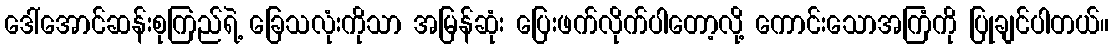
ဒေါ်အောင်ဆန်းစုကြည်ရဲ့ ခြေသလုံးကိုသာ အမြန်ဆုံး ပြေးဖက်လိုက်ပါတော့လို့ ကောင်းသောအကြံကို ပြုချင်ပါတယ်။